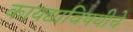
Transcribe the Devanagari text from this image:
कायद्याविषयीचे